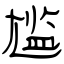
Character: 尴